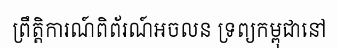
ព្រឹត្តិការណ៍ពិព័រណ៍អចលន ទ្រព្យកម្ពុជានៅ